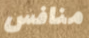
منافس